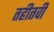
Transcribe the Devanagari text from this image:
तहीतवी